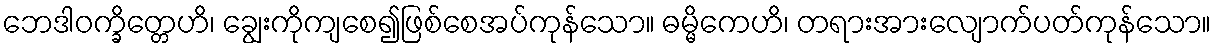
ဘေဒါဝက္ခိတ္တေဟိ၊ ချွေးကိုကျစေ၍ဖြစ်စေအပ်ကုန်သော။ ဓမ္မိကေဟိ၊ တရားအားလျောက်ပတ်ကုန်သော။